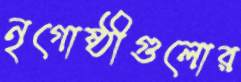
নৃগোষ্ঠীগুলোর